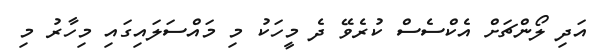
އަދި ލޯންޗަށް އެކްސެސް ކުރެވޭ ދެ މީހަކު މި މައްސަލައިގައި މިހާރު މި